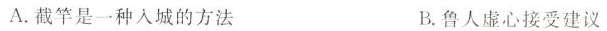
A.截竿是一种人城的方法 B.鲁人虚心接受建议